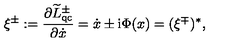
\xi ^ { \pm } : = \frac { \partial \widetilde { L } _ { \mathrm { q c } } ^ { \pm } } { \partial \dot { x } } = \dot { x } \pm \mathrm { i } \Phi ( x ) = ( \xi ^ { \mp } ) ^ { * } ,